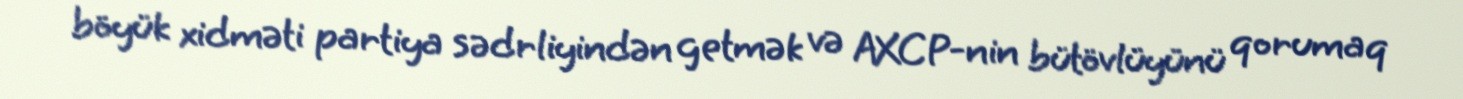
böyük xidməti partiya sədrliyindən getmək və AXCP-nin bütövlüyünü qorumaq